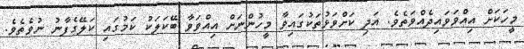
މީހަކަށް އިއްވަވައިދެއްވަތެވެ. އަދި ކަށްވަޅުތަކުގައިވާ މީހުންނަށް އިއްވަވާ ބޭކަލަކު ކަމުގައި ކަލޭގެފާނު ނުވެތެވެ.